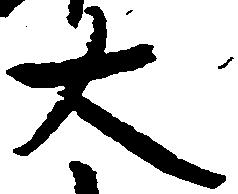
大